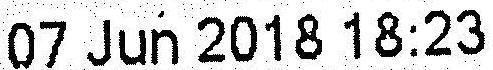
07 JUN 2018 18:23